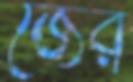
জের